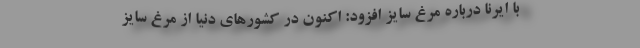
با ایرنا درباره مرغ سایز افزود: اکنون در کشورهای دنیا از مرغ سایز